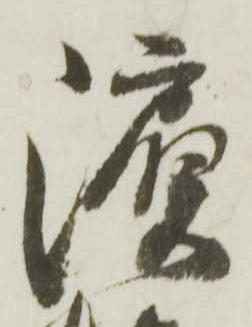
濵